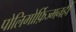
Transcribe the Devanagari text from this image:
पोलिमोर्फ़िज्मनहीं